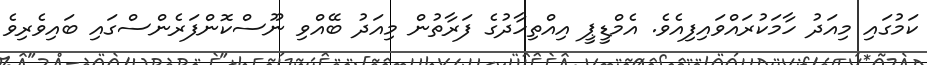
ކަމުގައި މިއަދު ހާމަކުރައްވައިފިއެވެ. އެމްޑީޕީ އިއްތިހާދުގެ ފަރާތުން މިއަދު ބޭއްވި ނޫސްކޮންފަރެންސްގައި ބައިވެރިވެ